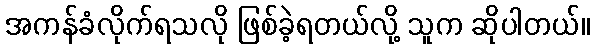
အကန်ခံလိုက်ရသလို ဖြစ်ခဲ့ရတယ်လို့ သူက ဆိုပါတယ်။